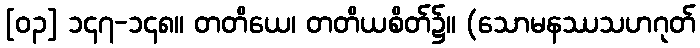
[၀၃] ၁၄၇-၁၄၈။ တတိယေ၊ တတိယစိတ်၌။ (သောမနဿသဟဂုတ်